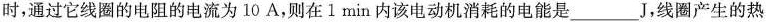
时，通过它线圈的电阻的电流为10A，则在1min内该电动机消耗的电能是___J，线圈产生的热